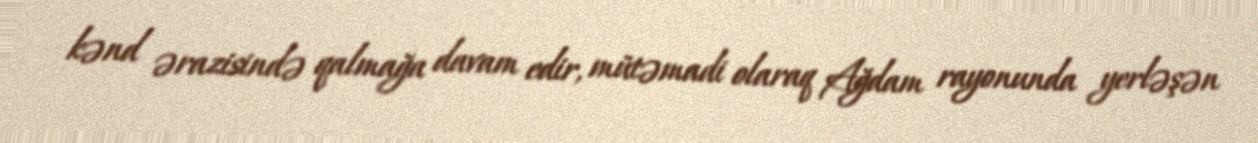
kənd ərazisində qalmağa davam edir, mütəmadi olaraq Ağdam rayonunda yerləşən